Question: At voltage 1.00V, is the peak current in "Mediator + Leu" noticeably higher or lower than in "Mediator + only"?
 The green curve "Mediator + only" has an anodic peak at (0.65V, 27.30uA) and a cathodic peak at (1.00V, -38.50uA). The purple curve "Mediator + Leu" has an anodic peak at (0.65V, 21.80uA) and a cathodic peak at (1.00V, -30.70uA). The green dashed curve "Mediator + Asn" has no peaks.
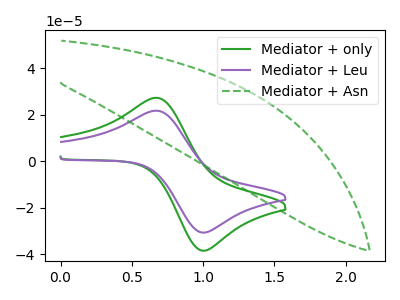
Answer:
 <answer>The peak at 1.00V is lower in "Mediator + Leu" than in "Mediator + only".</answer>
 <eval>lower</eval>